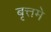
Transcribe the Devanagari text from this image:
बृत्तमे